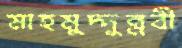
মাহমুদ্দুন্নবী